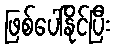
ဖြစ်ပေါ်နိုင်ပြီး